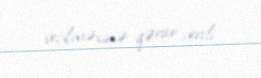
seçilməsinə qərar verdi.